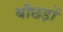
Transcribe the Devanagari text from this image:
बौछड़ों